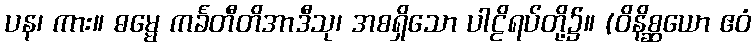
ပန၊ ကား။ ဓမ္မေ ကင်္ခတီတိအာဒီသု၊ အစရှိသော ပါဠိရပ်တို့၌။ (ဝိနိစ္ဆယော ဧဝံ